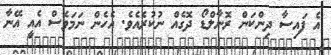
އެ ފައިސާ ދިންކަން ރޮނާލްޑޯ ދޮގެއް ނުކުރެއެވެ. އެހެން ނަމަވެސް އެއީ އޭނާ